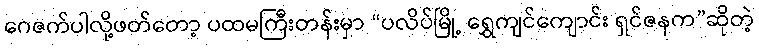
ဂေဇက်ပါလို့ဖတ်တော့ ပထမကြီးတန်းမှာ “ပလိပ်မြို့ ရွှေကျင်ကျောင်း ရှင်ဇနက”ဆိုတဲ့